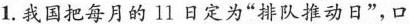
1.我国把每月的l1日定为”排队推动日”，口